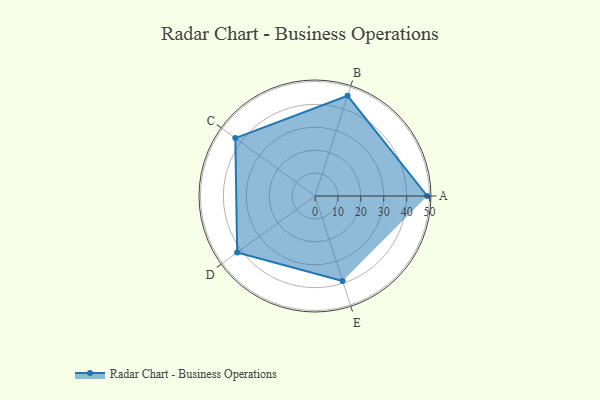
{"axis": {"x": "Skill", "y": "Score"}, "legend": ["Profile"], "data": [{"x": "A", "y": 49.0, "type": "Profile"}, {"x": "B", "y": 46.0, "type": "Profile"}, {"x": "C", "y": 43.0, "type": "Profile"}, {"x": "D", "y": 42.0, "type": "Profile"}, {"x": "E", "y": 39.0, "type": "Profile"}]}